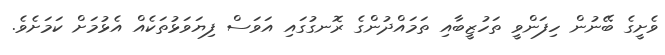
ވެށީގެ ބޭނުން ހިފަންވީ ތަހުޒީބާއި ތަމައްދުންގެ ރޮނގުގައި އަވަސް ފިޔަވަޅުތަކެއް އެޅުމަށް ކަމަށެވެ.